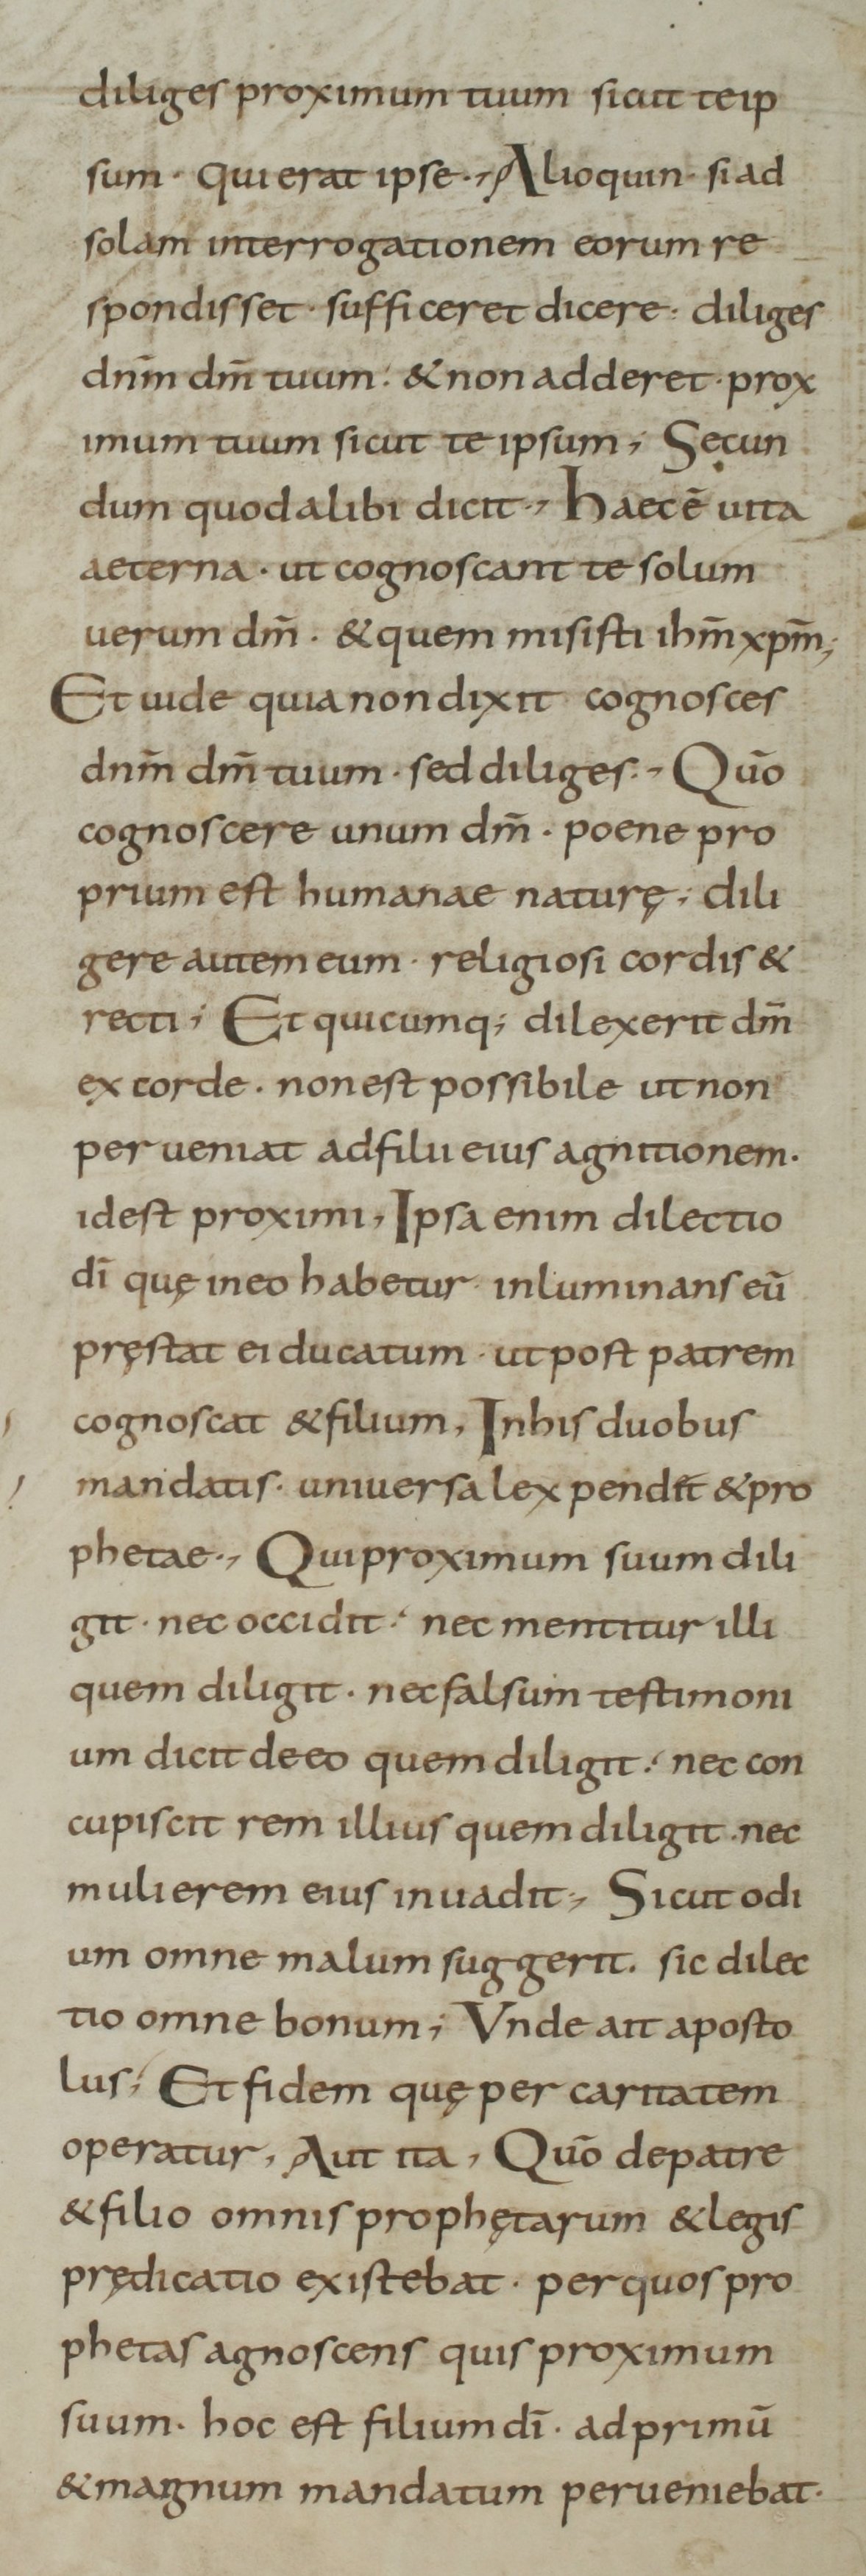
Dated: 800–899